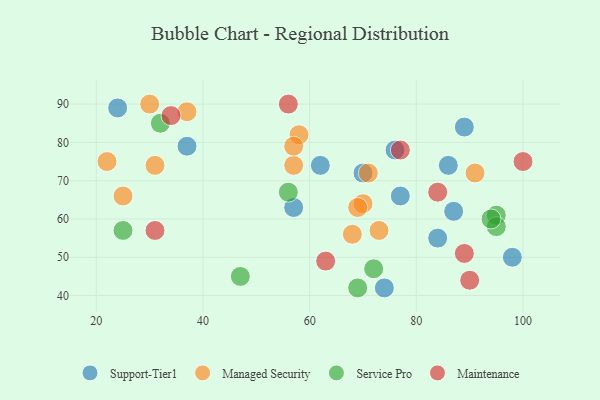
{"axis": {"x": "GDP", "y": "Life Expectancy"}, "legend": ["Maintenance", "Managed Security", "Service Pro", "Support-Tier1"], "data": [{"x": "87", "y": 62, "type": "Support-Tier1"}, {"x": "24", "y": 89, "type": "Support-Tier1"}, {"x": "70", "y": 72, "type": "Support-Tier1"}, {"x": "89", "y": 84, "type": "Support-Tier1"}, {"x": "98", "y": 50, "type": "Support-Tier1"}, {"x": "37", "y": 79, "type": "Support-Tier1"}, {"x": "57", "y": 63, "type": "Support-Tier1"}, {"x": "77", "y": 66, "type": "Support-Tier1"}, {"x": "74", "y": 42, "type": "Support-Tier1"}, {"x": "84", "y": 55, "type": "Support-Tier1"}, {"x": "62", "y": 74, "type": "Support-Tier1"}, {"x": "86", "y": 74, "type": "Support-Tier1"}, {"x": "76", "y": 78, "type": "Support-Tier1"}, {"x": "91", "y": 72, "type": "Managed Security"}, {"x": "22", "y": 75, "type": "Managed Security"}, {"x": "31", "y": 74, "type": "Managed Security"}, {"x": "25", "y": 66, "type": "Managed Security"}, {"x": "37", "y": 88, "type": "Managed Security"}, {"x": "73", "y": 57, "type": "Managed Security"}, {"x": "58", "y": 82, "type": "Managed Security"}, {"x": "70", "y": 64, "type": "Managed Security"}, {"x": "30", "y": 90, "type": "Managed Security"}, {"x": "68", "y": 56, "type": "Managed Security"}, {"x": "57", "y": 74, "type": "Managed Security"}, {"x": "71", "y": 72, "type": "Managed Security"}, {"x": "57", "y": 79, "type": "Managed Security"}, {"x": "69", "y": 63, "type": "Managed Security"}, {"x": "25", "y": 57, "type": "Service Pro"}, {"x": "72", "y": 47, "type": "Service Pro"}, {"x": "56", "y": 67, "type": "Service Pro"}, {"x": "95", "y": 61, "type": "Service Pro"}, {"x": "47", "y": 45, "type": "Service Pro"}, {"x": "95", "y": 58, "type": "Service Pro"}, {"x": "94", "y": 60, "type": "Service Pro"}, {"x": "32", "y": 85, "type": "Service Pro"}, {"x": "69", "y": 42, "type": "Service Pro"}, {"x": "56", "y": 90, "type": "Maintenance"}, {"x": "89", "y": 51, "type": "Maintenance"}, {"x": "84", "y": 67, "type": "Maintenance"}, {"x": "77", "y": 78, "type": "Maintenance"}, {"x": "100", "y": 75, "type": "Maintenance"}, {"x": "31", "y": 57, "type": "Maintenance"}, {"x": "63", "y": 49, "type": "Maintenance"}, {"x": "34", "y": 87, "type": "Maintenance"}, {"x": "90", "y": 44, "type": "Maintenance"}]}